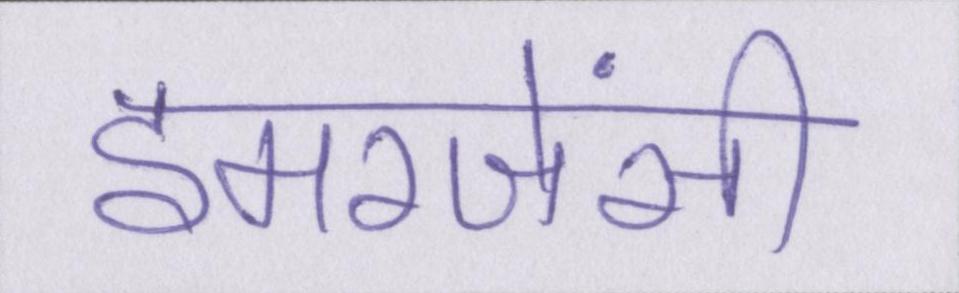
इमरजेंसी